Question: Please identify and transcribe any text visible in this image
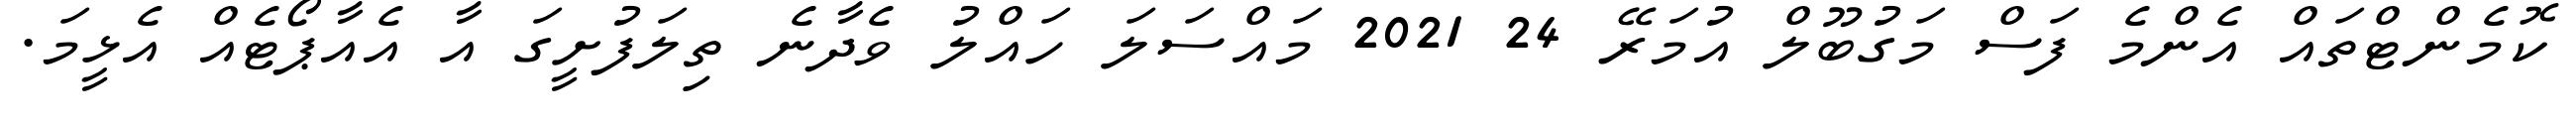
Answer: ކޮމެންޓްތައް އެންމެ ފަސް މަގުބޫލް އުމަރޭ 24 2021 މައްސަލަ ހައްލު ވެދާނެ ތިލަފުށީގަ އާ އެއާޕޯޓެއް އެޅީމަ.